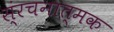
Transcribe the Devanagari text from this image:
स्ंरचनात्मक